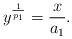
LaTeX: \begin{align*}y^{\frac{1}{p_1}} = \frac{x}{a_1}.\end{align*}